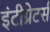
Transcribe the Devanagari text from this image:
इंटीग्रेटर्स